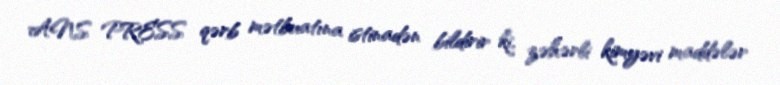
ANS PRESS qərb mətbuatına istinadən bildirir ki, zəhərli kimyəvi maddələr